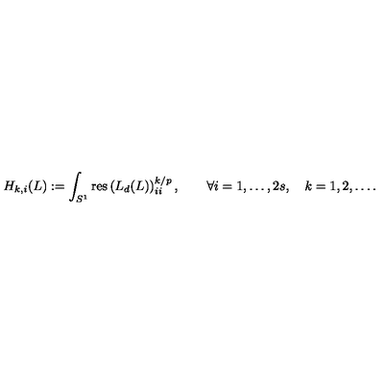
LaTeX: H _ { k , i } ( L ) : = \int _ { S ^ { 1 } } \mathrm { r e s } \left( L _ { d } ( L ) \right) _ { i i } ^ { k / { p } } , \qquad \forall i = 1 , \ldots , 2 s , \quad k = 1 , 2 , \dots .